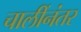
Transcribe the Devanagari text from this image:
चालींनंतर